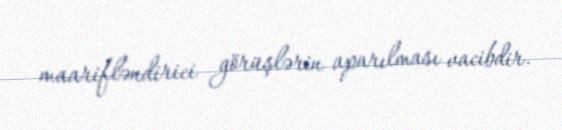
maarifləndirici görüşlərin aparılması vacibdir.